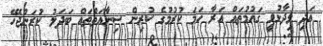
އަދި ވިދާޅުވީ ގައުމުތައް އަރާ ހަމަ ކުރުމުގެ ކުރިން ސިނާއަތްތައް ބަދަލު ކުރަންޖެހޭ